Annual report on the Civil Veterinary Department, Burma (including the Insein Veterinary School) - 1910-1922
Year: 1910
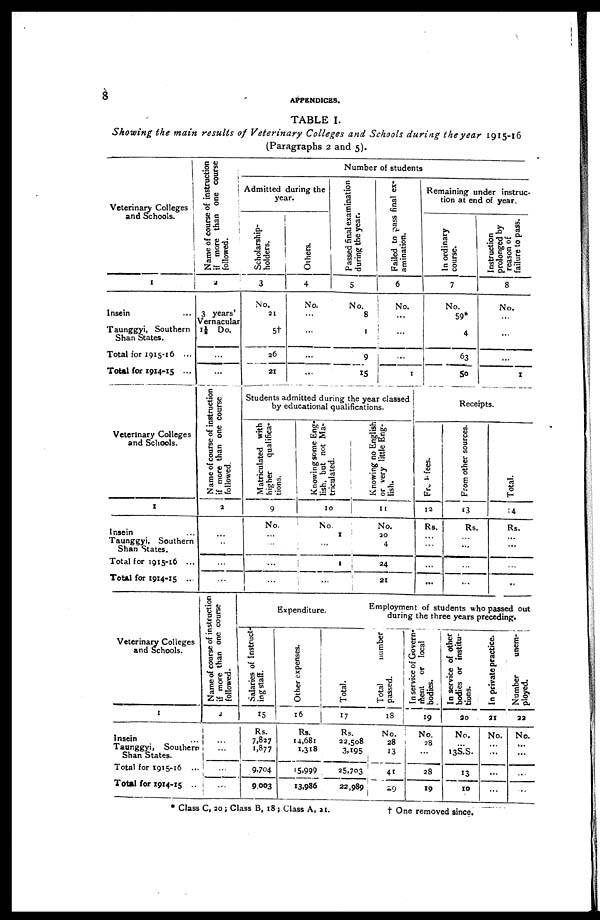
8
APPENDICES.
TABLE I.
Showing the main results of Veterinary Colleges and Schools during the year 1915-16
(Paragraphs 2 and 5).
Veterinary Colleges
and Schools.
1
Insein...
Taunggyi, Southern
Shan States.
Total for 1915-16 ...
Total for 1914-15 ...
Name of course of instruction
if more than one course
followed.
2
3 years'
Vernacular
1½ Do.
...
...
Admitted during the
year.
Scholarship-
holders.
3
No.
21
5t
26
21
Others.
4
No.
...
...
...
...
Number of students
Passed final examination
during the year.
5
No.
8
1
9
15
Failed to pass final ex-
amination.
6
No.
...
...
...
1
Remaining under instruc-
tion at end of year.
In ordinary
course.
7
No.
59*
4
63
50
Instruction
prolonged by
reason of
failure to pass.
8
No.
...
...
...
1
Veterinary Colleges
and Schools.
1
Insein ...
Taunggyi, Southern
Shan States.
Total for 1915-16 ...
Total for 1914-15 ...
Name of course of instruction
if more than one course
followed.
2
...
...
...
...
Students admitted during the year classed
by educational qualifications.
Matriculated with
higher
qualifica-
tions.
9
No.
...
...
...
Knowing some Eng-
lish, but not Ma-
triculated.
10
No.
1
...
1
...
Knowing no English
or very little Eng-
lish.
11
No.
20
4
24
21
Receipts.
From fees.
12
Rs.
...
...
...
...
From other sources.
13
Rs.
...
...
...
Total.
14
Rs.
...
...
...
..
Veterinary Colleges
and Schools.
1
Insein ...
Taunggyi, Southern
Shan States.
Total for 1915-16 ...
Total for 1914-15 ..
Name of course of instruction
if more than one course
followed.
2
...
...
...
...
Expenditure.
Salaries of Instruct-
ing staff.
15
Rs.
7,827
1,877
9,704
9,003
Other expenses.
16
Rs.
14,681
1,318
15,999
13,986
Total.
17
Rs.
22,508
3,195
25.703
22,989
Employment of students who passed out
during the three years preceding.
Total
number
passed.
18
No.
28
13
41
29
In service of Govern-
ment or local
bodies.
19
No.
28
...
28
19
In service of other
bodies or institu-
tions.
20
No.
...
13S.S.
13
10
In private practice.
21
No.
...
...
...
...
Number
unem-
ployed.
22
No.
...
...
...
...
* Class C, 20; Class B, 18; Class A,
21.
† One removed since.